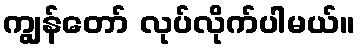
ကျွန်တော် လုပ်လိုက်ပါမယ်။